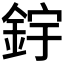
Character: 𨦦